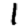
Digit: 1